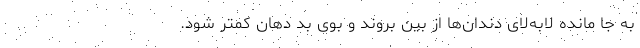
به جا مانده لابه‌لای دندان‌ها از بین بروند و بوی بد دهان کمتر شود.